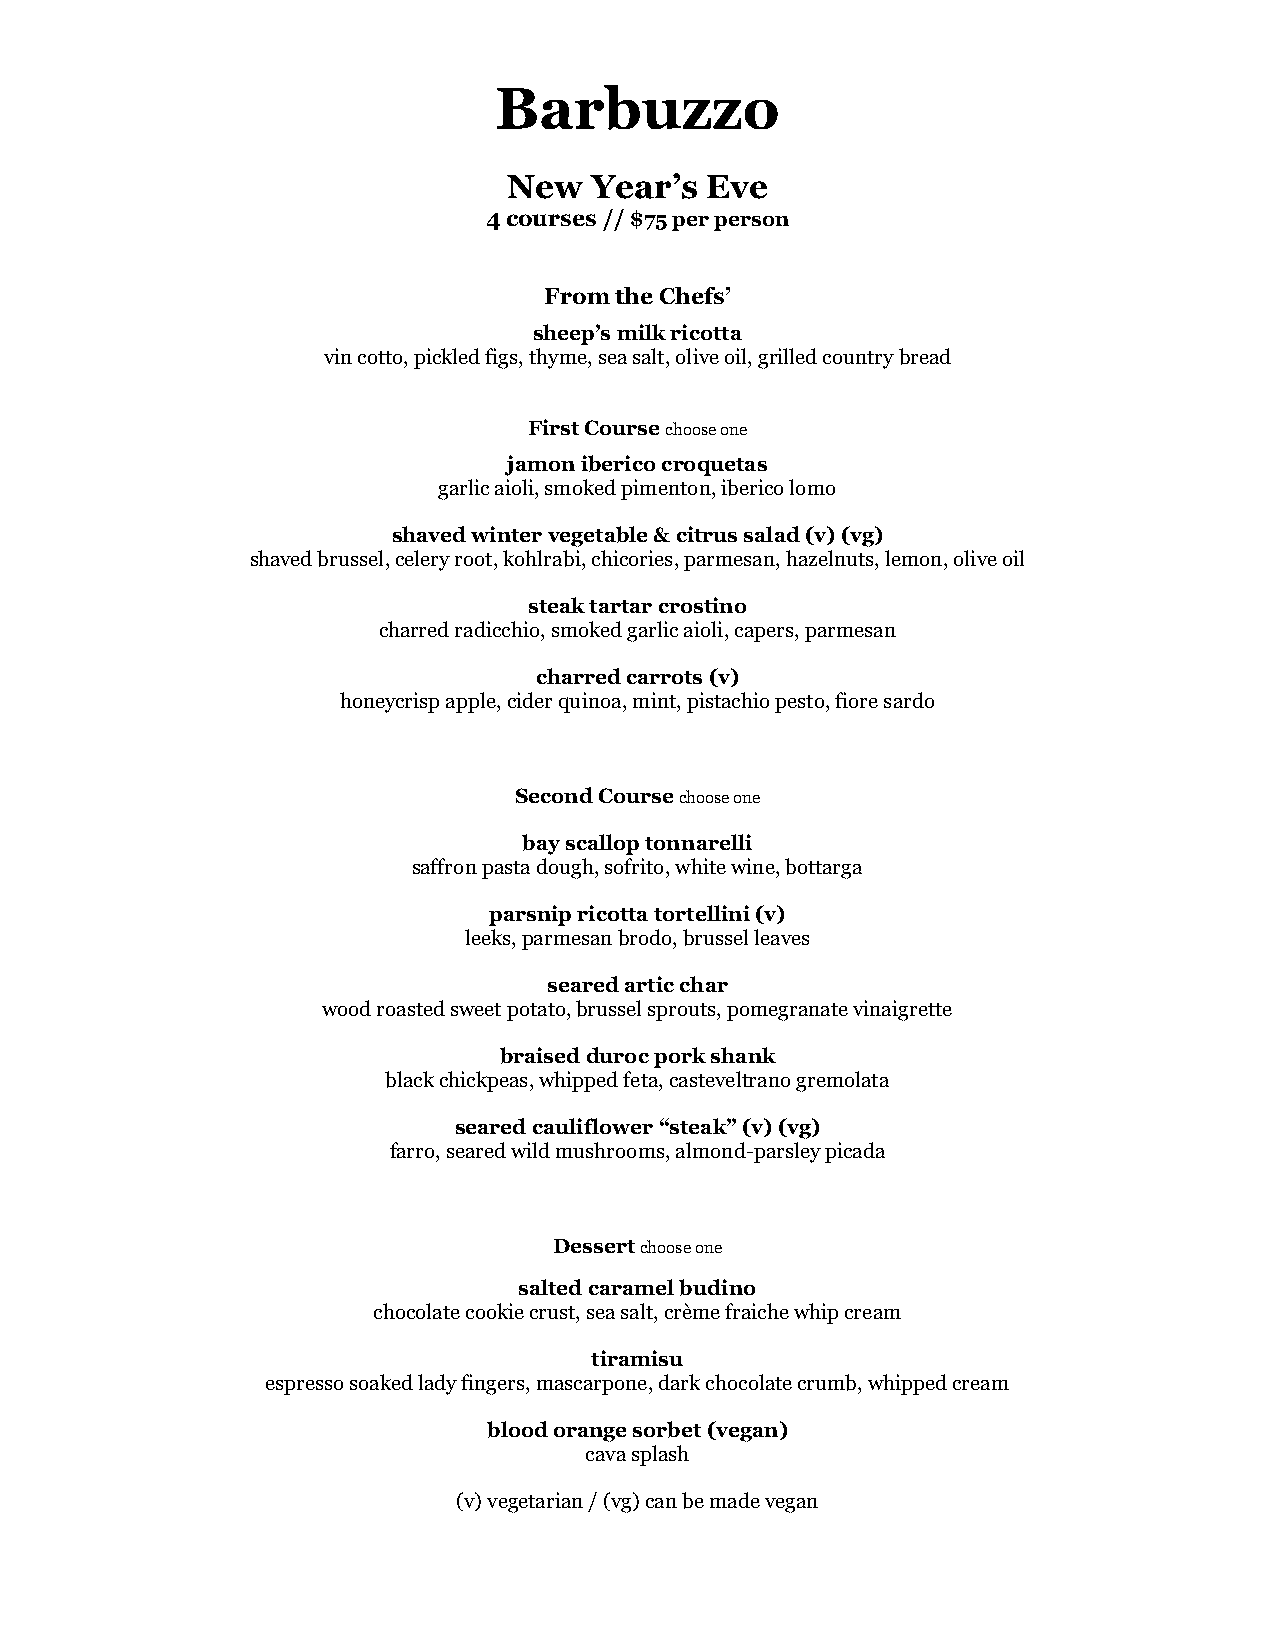
Barbuzzo
 New  Year’s  Eve
 4 courses // $75 per person
 From the Chefs’
 sheep’s milk ricotta
 vin cotto, pickled figs, thyme, sea salt, olive oil, grilled country bread
 First Course choose one
 jamon iberico croquetas
 garlic aioli, smoked pimenton, iberico lomo
 shaved winter vegetable & citrus salad (v) (vg)
 shaved brussel, celery root, kohlrabi, chicories, parmesan, hazelnuts, lemon, olive oil
 steak tartar crostino
 charred radicchio, smoked garlic aioli, capers, parmesan
 charred carrots (v)
 honeycrisp apple, cider quinoa, mint, pistachio pesto, fiore sardo
 Second Course choose one
 bay scallop tonnarelli
 saffron pasta dough, sofrito, white wine, bottarga
 parsnip ricotta tortellini (v)
 leeks, parmesan brodo, brussel leaves
 seared artic char
 wood roasted sweet potato, brussel sprouts, pomegranate vinaigrette
 braised duroc pork shank
 black chickpeas, whipped feta, casteveltrano gremolata
 seared cauliflower “steak” (v) (vg)
 farro, seared wild mushrooms, almond-parsley picada
 Dessert choose one
 salted caramel budino
 chocolate cookie crust, sea salt, crème fraiche whip cream
 tiramisu
 espresso soaked lady fingers, mascarpone, dark chocolate crumb, whipped cream
 blood orange sorbet (vegan)
 cava splash
 (v) vegetarian / (vg) can be made vegan